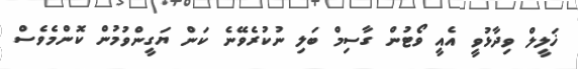
ޚަލީލް ވިދާޅުވީ އެއީ ވޯޓުން ގާސިމް ބަލި ނުކުރެވޭނެ ކަން ޔަގީންވުމުން ކޮންމެވެސް